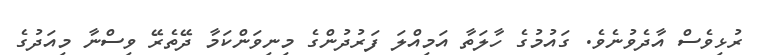
ރުޅިވެސް އާދެވުނެވެ. ގައުމުގެ ހާލަތާ އަމިއްލަ ފަރުދުންގެ މިނިވަންކަމާ ދޭތެރޭ ވިސްނާ މިއަދުގެ